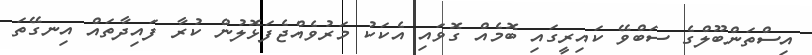
އިސްތަންބޫލްގެ ސަބްވޭ ކައިރީގައި ބޮމެއް ގޮވައި އެކަކު މަރުވެއްޖެފަޅޮލުން ކުރާ ފައިދާތައް އިނގޭތަ